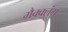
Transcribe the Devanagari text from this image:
मैक्क्लंग